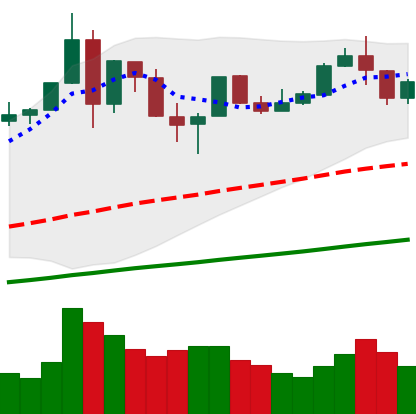
Ticker: BTC-USD
Chart end date: 2019-07-12
Forward return: -17.96%
Label: down_7plus